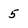
Character: 5